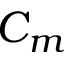
C _ { m }